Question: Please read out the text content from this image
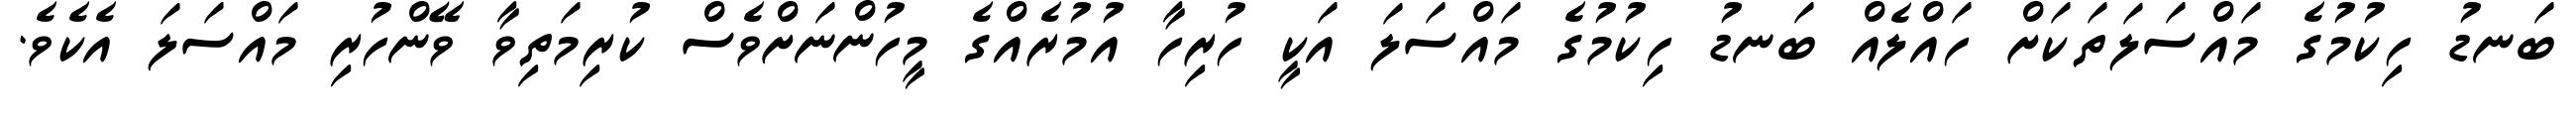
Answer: ބަނޑު ހިކުމުގެ މައްސަލަތަކަށް ހައްލެއް ބަނޑު ހިކުމުގެ މައްސަލަ އަކީ ހުރިހާ އުމުރެއްގެ މީހުންނަށްވެސް ކުރިމަތިވާ ވޭންހުރި މައްސަލަ އެކެވެ.